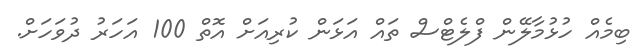
ބިމެއް ހުޅުމާލޭން ފްލެޓްސް ތައް އަޅަން ކުރިއަށް އޮތް 100 އަހަރު ދުވަހަށް.